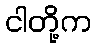
ငါတို့က